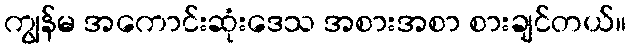
ကျွန်မ အကောင်းဆုံးဒေသ အစားအစာ စားချင်တယ်။